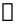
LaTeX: \mathbb{n}